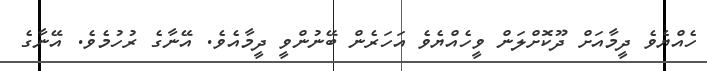
ހެއްޔެވެ ދީމާއަށް ދޫކޮށްލަން ވީހެއްޔެވެ އަހަރެން ބޭނުންވީ ދީމާއެވެ. އޭނާގެ ރުހުމެވެ. އޭނާގެ